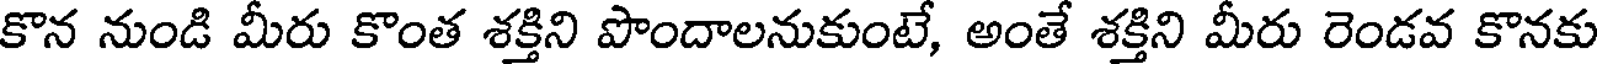
కొన నుండి మీరు కొంత శక్తిని పొందాలనుకుంటే, అంతే శక్తిని మీరు రెండవ కొనకు